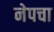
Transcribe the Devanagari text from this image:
नेपचा